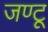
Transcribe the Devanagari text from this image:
जण्टू